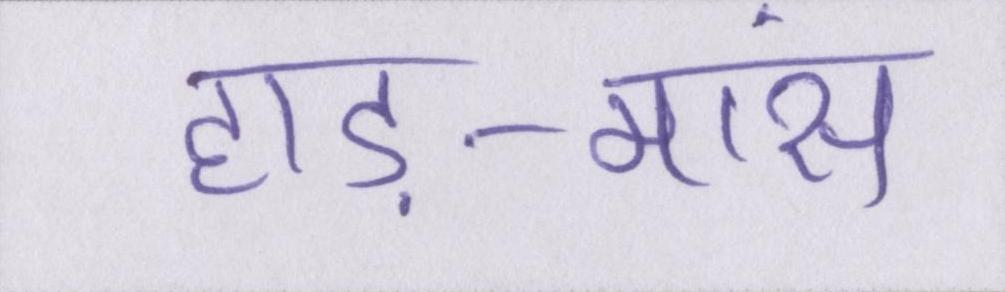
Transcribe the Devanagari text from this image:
हाड़-मांस